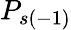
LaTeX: P_{s(-1)}